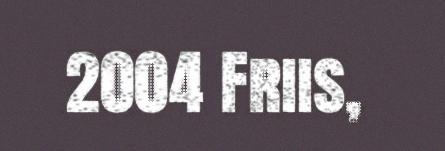
2004 Friis,